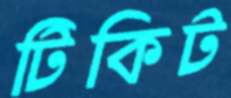
টিকিট